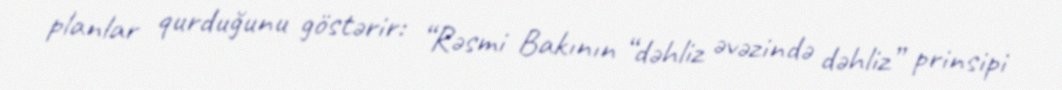
planlar qurduğunu göstərir: “Rəsmi Bakının “dəhliz əvəzində dəhliz” prinsipi